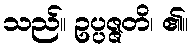
သည်။ ဥပ္ပဇ္ဇတိ၊ ၏။